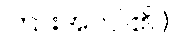
ကြားအပ်ပါ၏။)